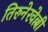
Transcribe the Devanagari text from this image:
तिरुनेरवेल्ली